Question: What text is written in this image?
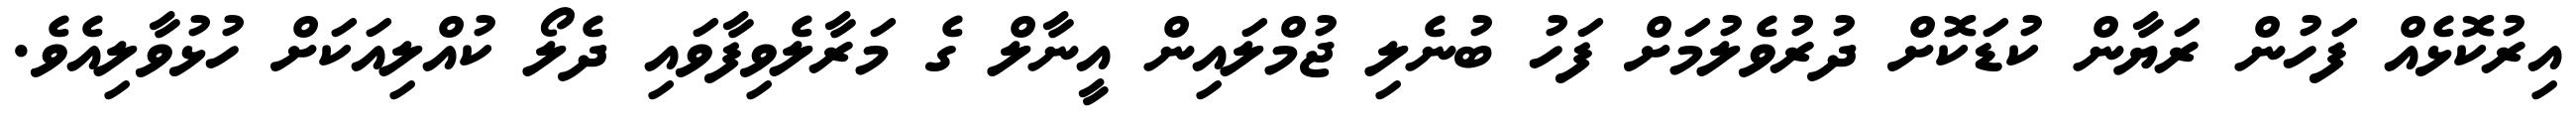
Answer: އިރުކޮޅެއް ފަހުން ރަޔާން ކުޑަކޮށް ދުރުވެލުމަށް ފަހު ބުނެލި ޖުމްލައިން އީނާލް ގެ މަރާލެވިފާވައި ދެލޯ ކުއްލިއަކަށް ހުޅުވާލިއެވެ.